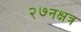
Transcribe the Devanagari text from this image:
२७नक्षत्र